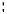
: